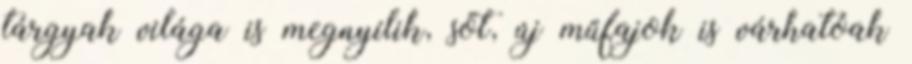
tárgyak világa is megnyílik, sőt, új műfajok is várhatóak